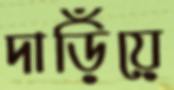
দাড়িঁয়ে